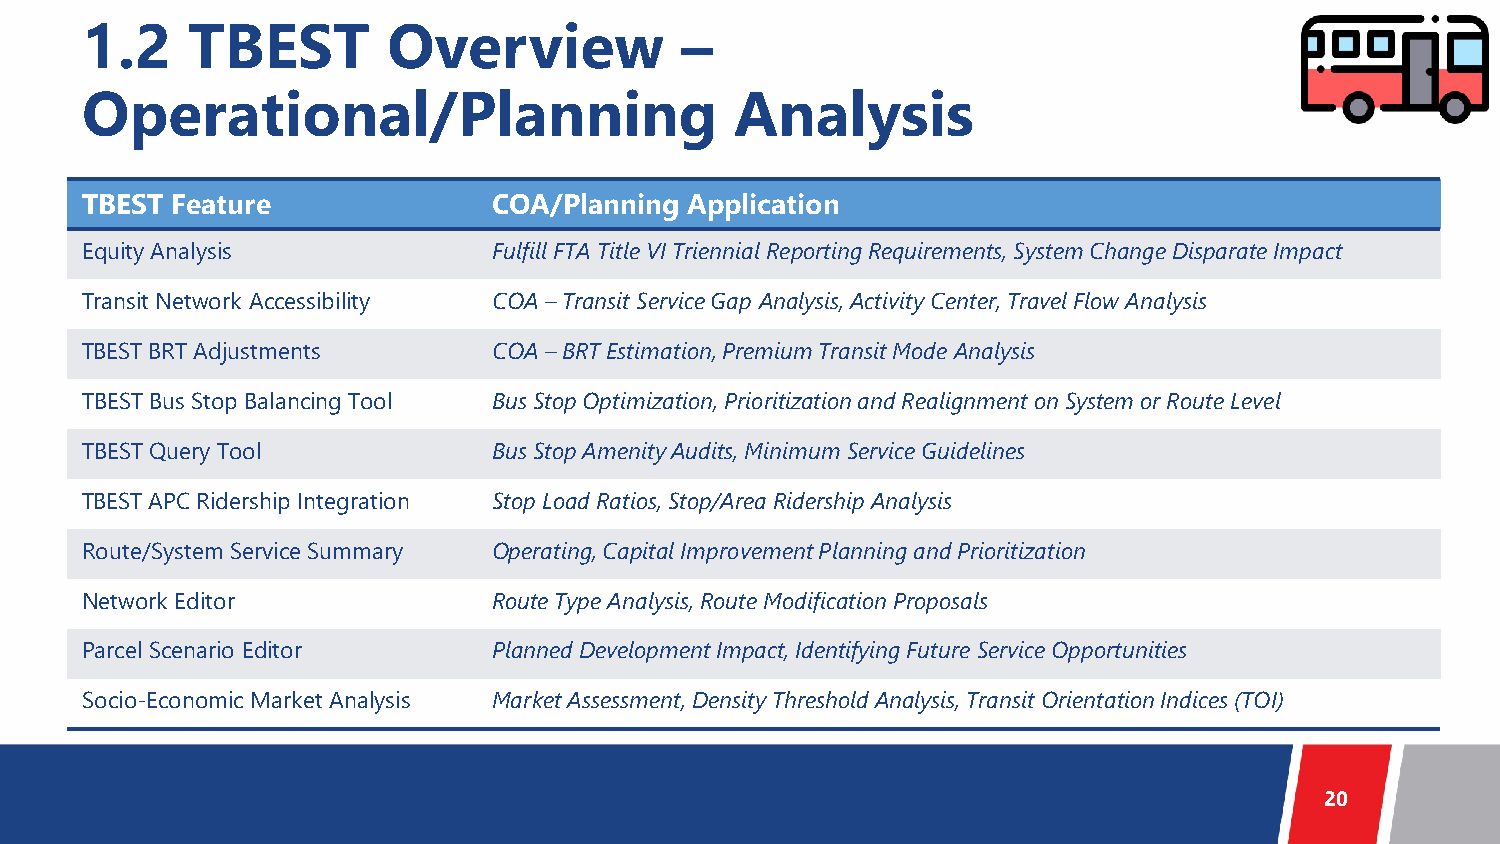
1.2    TBEST         Overview           –
 Operational/Planning                        Analysis
 TBEST Feature               COA/Planning Application
 Equity Analysis             Fulfill FTA Title VI Triennial Reporting Requirements, System Change Disparate Impact
 Transit Network Accessibility COA – Transit Service Gap Analysis, Activity Center, Travel Flow Analysis
 TBEST BRT Adjustments       COA – BRT Estimation, Premium Transit Mode Analysis
 TBEST Bus Stop Balancing Tool Bus Stop Optimization, Prioritization and Realignment on System or Route Level
 TBEST Query Tool            Bus Stop Amenity Audits, Minimum Service Guidelines
 TBEST APC Ridership Integration Stop Load Ratios, Stop/Area Ridership Analysis
 Route/System Service Summary Operating, Capital Improvement Planning and Prioritization
 Network Editor              Route Type Analysis, Route Modification Proposals
 Parcel Scenario Editor      Planned Development Impact, Identifying Future Service Opportunities
 Socio-Economic Market Analysis Market Assessment, Density Threshold Analysis, Transit Orientation Indices (TOI)
 20